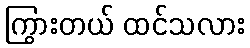
ကြွားတယ် ထင်သလား